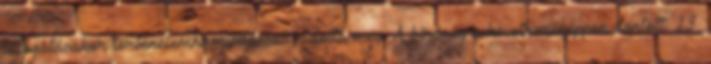
látogatásakor történelemhamisítással vádolta meg. A bíróság a következőképpen döntött: 13